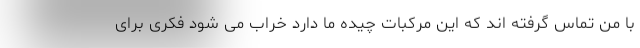
با من تماس گرفته اند که این مرکبات چیده ما دارد خراب می شود فکری برای